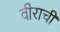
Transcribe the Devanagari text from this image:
वीराची